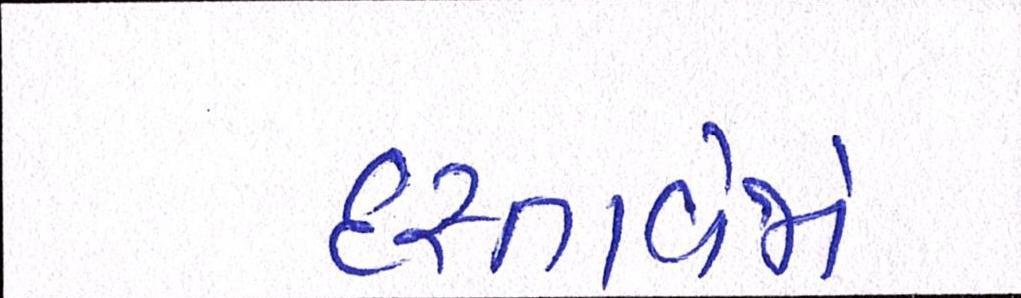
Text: દસ્તાવેજો